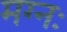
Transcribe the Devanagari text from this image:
मग्नः